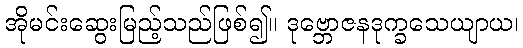
အိုမင်းဆွေးမြည့်သည်ဖြစ်၍။ ဒုဗ္ဘောဇနဒုက္ခသေယျာယ၊